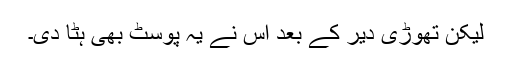
لیکن تھوڑی دیر کے بعد اُس نے یہ پوسٹ بھی ہٹا دی۔